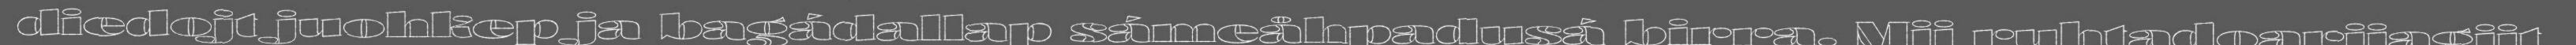
diedojt juohkep ja bagádallap sámeåhpadusá birra. Mij ruhtadoarjjagijt